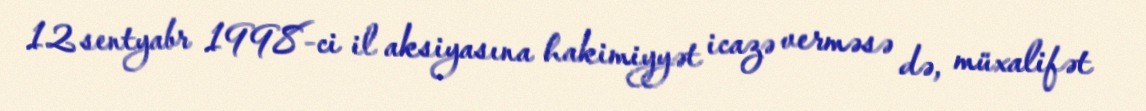
12 sentyabr 1998-ci il aksiyasına hakimiyyət icazə verməsə də, müxalifət